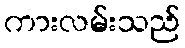
ကားလမ်းသည်